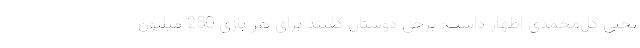
یحیی گل‌محمدی اظهار داشت: برخی دوستان گفتند برای هر بازی 250 میلیون